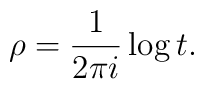
\rho= \frac {1}{2 \pi i} \log t.